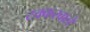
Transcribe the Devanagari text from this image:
टक्करवाले